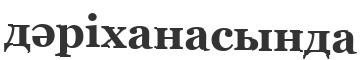
дәріханасында